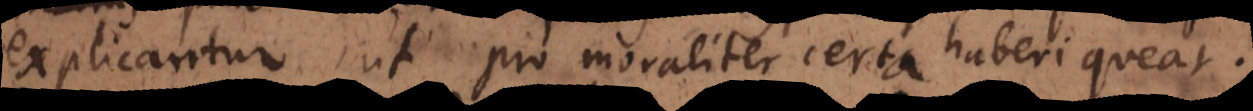
explicantur, ut pro moraliter certa haberi queat.